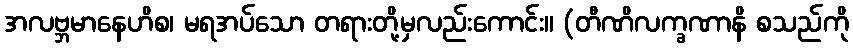
အလဗ္ဘမာနေဟိစ၊ မရအပ်သော တရားတို့မှလည်းကောင်း။ (တီဏိလက္ခဏာနိ စသည်ကို